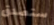
ستصدق